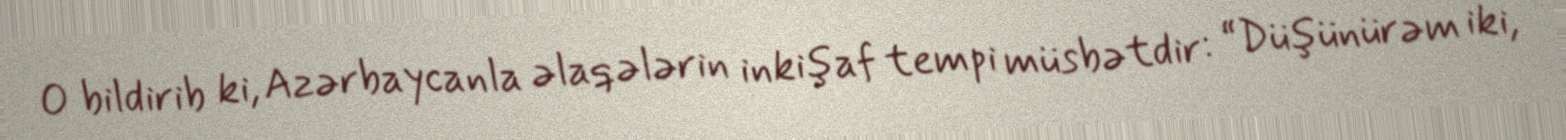
O bildirib ki, Azərbaycanla əlaqələrin inkişaf tempi müsbətdir: “Düşünürəm iki,